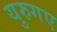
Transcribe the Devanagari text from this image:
युरुगए